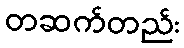
တဆက်တည်း